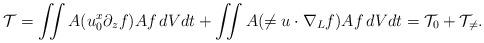
LaTeX: \begin{align*} \mathcal{T} = \iint A(u_0^x\partial_z f)Af\,dVdt + \iint A(\ne{u}\cdot\nabla_Lf)Af\,dVdt = \mathcal{T}_0+\mathcal{T}_{\neq}. \end{align*}